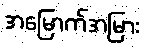
အမြောက်အမြား